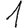
Digit: 1